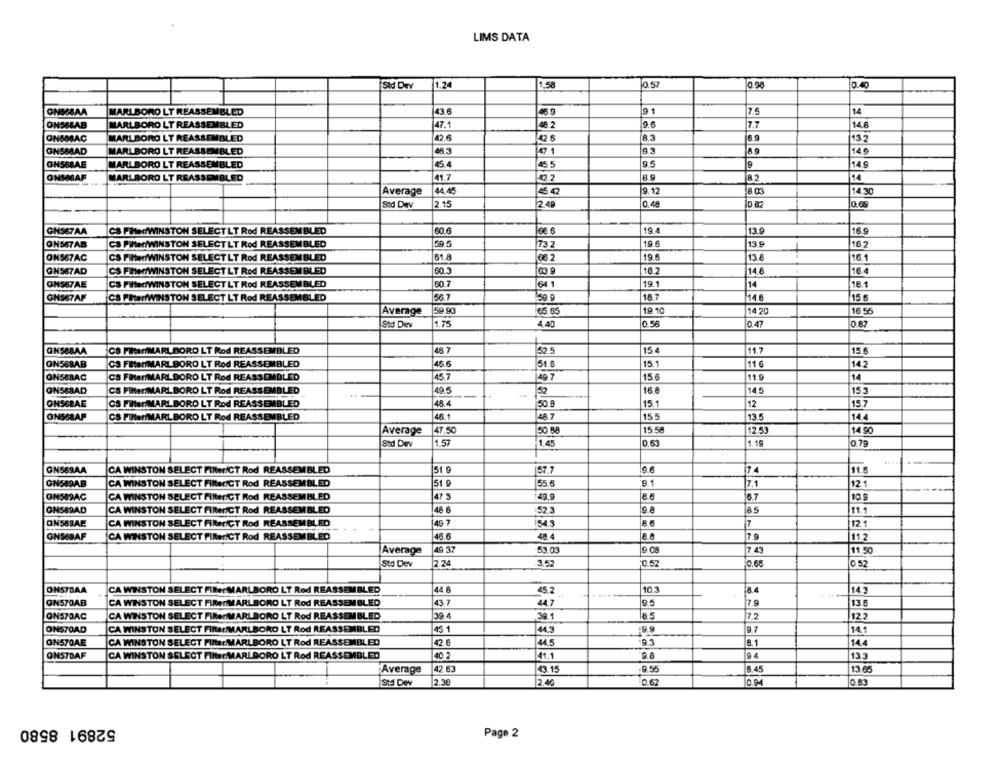
LIMS DATA
1,24
1.58
0.57
0.40
Sid Dev
0.98
GNSSBAA
MARLBORO LT REASSEMBLED
43.6
46 9
19 1
7.5
14
9.6
MARLBORO LT REASSEMBLED
47.1
48 2
7.7
14.6
GNSMAÇ
MARLBORO LT REASSEMBLED
42.6
42.6
A.3
432
GNSMAD
MARLBORO LT REASSEMBLED
46 5
47.1
149
GNS6BAE
MARLBORO LT REASSEMBLED
54
45.5
149
41.7
ONSMAF
MARLBORO LT REASSEMBLED
02
14
Average
|44.45
9.12
14.30
Std Dev
2.15
2.49
0.48
lo.0s
19.4
GN567AA
CS FHerWINSTON SELECT LT Rod REASSEMBLED
60.6
66 6
13.9
16.9
ON567AB
CS PINer/WINSTON SELECTLT Rod REASSEMBLED
59.5
732
19.6
13 9
16
ONS67AC
CS FINten/WINSTON SELECT LT Rod REASSEMBLED
61.8
06.2
19.8
13.6
16.
GN567AD
CS FINIWINSTON SELECT LT Rod REASSEMBLED
60.3
10.2
14 6
16 4
19.1
GNS67AE
CS PHedWINSTON SELECTLT Rod REASSEMBLED
60.7
64 1
14
181
GH567AF
CS PItarWINSTON SEL
d REASSEMBLED
56.7
150 0
187
14.6
15.6
Average
59.90
65.65
19.10
14.20
16 55
Std Dev
1.75
0.56
0.47
0.87
GH588AA
CS FIter/MARLBORO LT Rod REASSEMBLED
48.7
52.5
15 4
11.7
15
ON56BAB
CS FEter/MARLBORO LT Rod REASSEMBLED
45.6
51.6
15.1
11 6
14.2
ONSSBAC
CS Filter/MARL DORO LT Rod REASSEMBLED
45.7
49 7
15.6
11.9
14
16.8
14.5
15.3
ONS&BAD
CS Filter/MARLBORO LT Rod REASSEMBLED
49.5
52
ONS6BAE
CS Filter/MARLBORO LT Rod REASSEMBLED
48. 4
50.8
15.1
12
15.7
ONSSAP
CS Filter/MARLBORO LT Rod REASSEMBLED
46.1
48 7
155
13.5
14
Average
47.50
50.88
15.58
12.53
14.90
1.57
1.19
0.79
Std Dev
1.45
0.63
GN589AA
CA WINSTON SELECT FliteriCT Rod REASSEMBLED
51 9
57.7
9.6
17.4
11.6
GN689AB
CA WINSTON SELECT FilterCT Rod REASSEMBLED
51 9
55.6
9.1
7.1
12.1
ONSIRAC
CA WINSTON SELECT FINteriCT Rod REASSEMBLED
47 3
49.9
6.7
GNSS9AD
CA WINSTON SELECT FilterCT Rod REASSEMBLED
48 6
52.3
9.8
11.1
ONSS9AE
CA WINSTON SELECT FilteriCT Rod REASSEMBLED
49 7
1543
17
12.1
GNS69AF
CA WINSTON SELECT FINenCT
od
EASSEMBLED
48.6
48.4
7.9
11.2
49 37
53.03
7.43
Average
11.50
Std Dev
2.24
3.52
0.52
0.68
0 52
ONSTRAA
CA WINSTON SELECT FINerMARLBORO LT Rod REASSEMBLED
44.8
45.2
10
8.4
14.3
GN570AB
CA WINSTON SELECT FIRenMARLBORO LT Rod REASSEMBLED
43.7
17.9
13.6
44.7
ONS7DAC
CA WINSTON SELECT FIRerMARLBORO LT Rod REASSEMBLED
39.4
39.1
7.2
12.2
ONS70AD
CA WINSTON SELECT FINArMARLBORO LT Rod REASSEMBLED
45.1
445
19.9
14.1
ON570AE
CA WINSTON SELECT FilterMARLBORO LT Rod REASSEMBLED
42 €
44.5
9.3
6.1
14.4
ONSTDAF
CA WINSTON SELECT Filter MARLBORO LT Rod REASSEMBLED
40 2
41.1
133
Average
42 63
43.15
9.55
8.45
13 65
Std Dev
2.36
2.46
0.62
0.83
52891 8580
Page 2